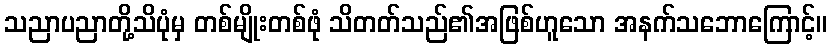
သညာပညာတို့သိပုံမှ တစ်မျိုးတစ်ဖုံ သိတတ်သည်၏အဖြစ်ဟူသော အနက်သဘောကြောင့်။